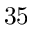
3 5